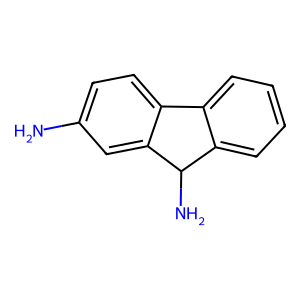
SMILES: Nc1ccc2c(c1)C(N)c1ccccc1-2
Inhibits HIV replication: No